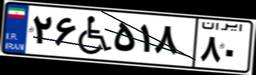
۲۶W۵۱۸۸۰